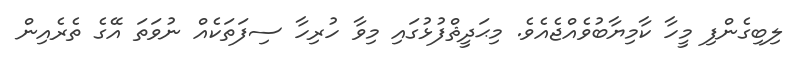
ލިބިގެންފި މީހާ ކާމިޔާބުވެއްޖެއެވެ. މިޙަދީޘްފުޅުގައި މިވާ ހުރިހާ ސިފަތަކެއް ނުވަތަ އޭގެ ތެރެއިން